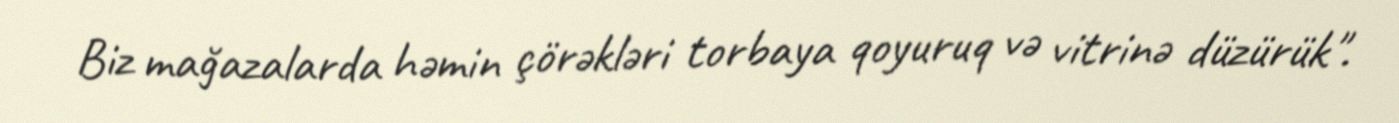
Biz mağazalarda həmin çörəkləri torbaya qoyuruq və vitrinə düzürük".